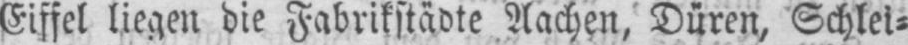
Eiffel liegen die Fabrikstädte Aachen, Düren, Schlei⸗